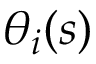
\theta _ { i } ( s )